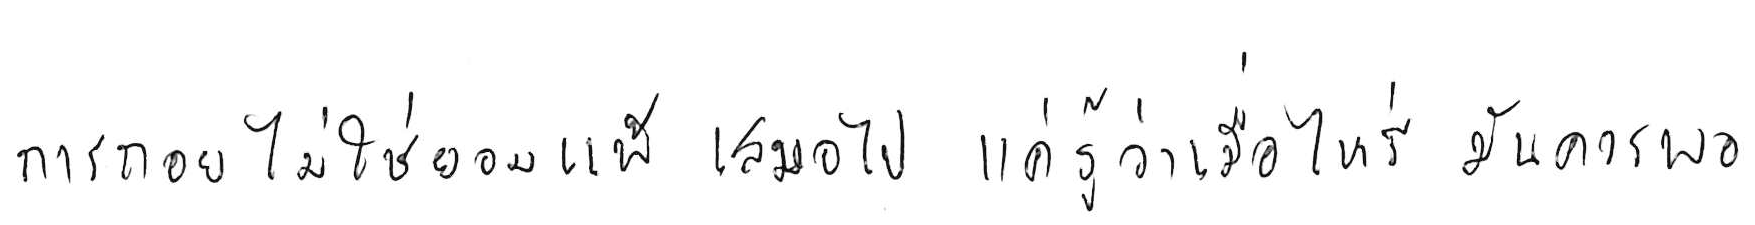
การถอย ไม่ใช่ยอมแพ้ เสมอไป แค่รู้ว่าเมื่อไหร่ มันควรพอ